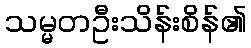
သမ္မတဦးသိန်းစိန်၏